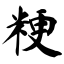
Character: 粳